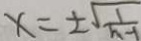
x = \pm \sqrt { \frac { 1 } { h - 1 } }